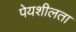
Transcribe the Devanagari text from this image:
पेयशीलता